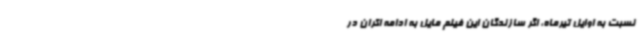
نسبت به اوایل تیرماه، اگر سازندگان این فیلم مایل به ادامه اکران در